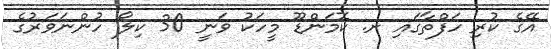
އޭގެ ކުރި ހަފްތާގައި ށ. ކޮމަންޑޫ މީހަކު ވަނީ 30 ކިލޯ ހުންނަވަރުގެ